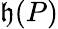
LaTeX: \mathfrak{h}(P)